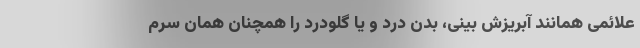
علائمی همانند آبریزش بینی، بدن درد و یا گلودرد را همچنان همان سرم